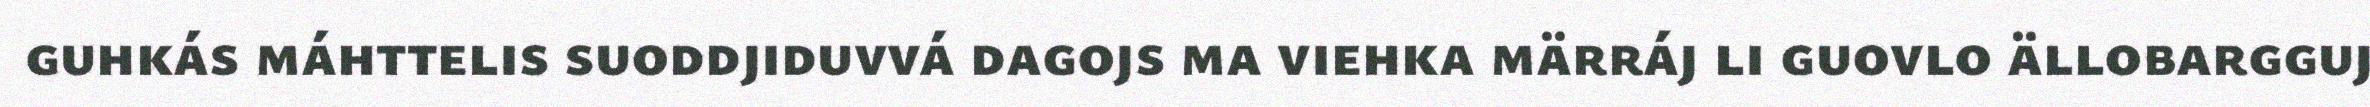
guhkás máhttelis suoddjiduvvá dagojs ma viehka märráj li guovlo ällobargguj